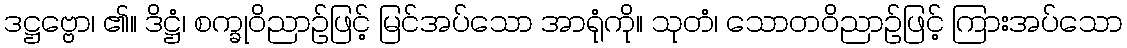
ဒဋ္ဌဗ္ဗော၊ ၏။ ဒိဋ္ဌံ၊ စက္ခုဝိညာဉ်ဖြင့် မြင်အပ်သော အာရုံကို။ သုတံ၊ သောတဝိညာဉ်ဖြင့် ကြားအပ်သော